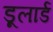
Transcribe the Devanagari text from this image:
डूलार्ड